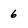
Character: 6